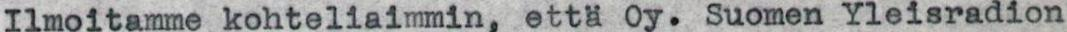
Ilmoitamme kohteliaimmin, että Oy. Suomen Yleisradion